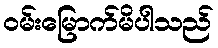
ဝမ်းမြောက်မိပါသည်